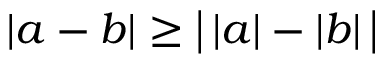
| a - b | \geq { \big | } \, | a | - | b | \, { \big | }